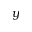
y